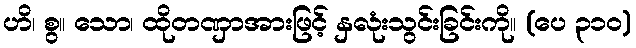
ဟိ၊ စွ။ သော၊ ထိုတဏှာအားဖြင့် နှလုံးသွင်းခြင်းကို။ (ပေ ၃၁၀)